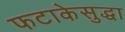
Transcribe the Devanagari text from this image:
फटाकेसुद्धा